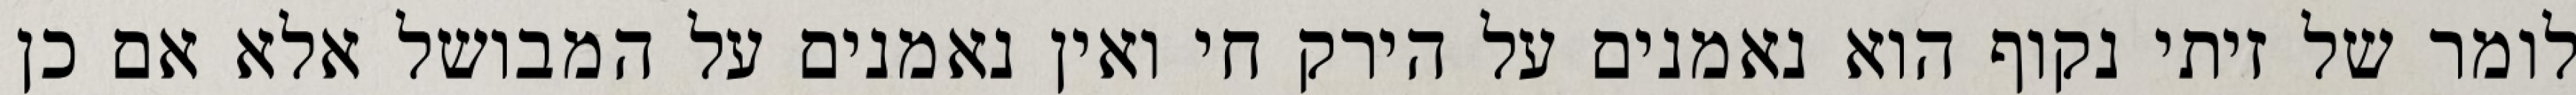
לומר של זיתי נקוף הוא נאמנים על הירק חי ואין נאמנים על המבושל אלא אם כן